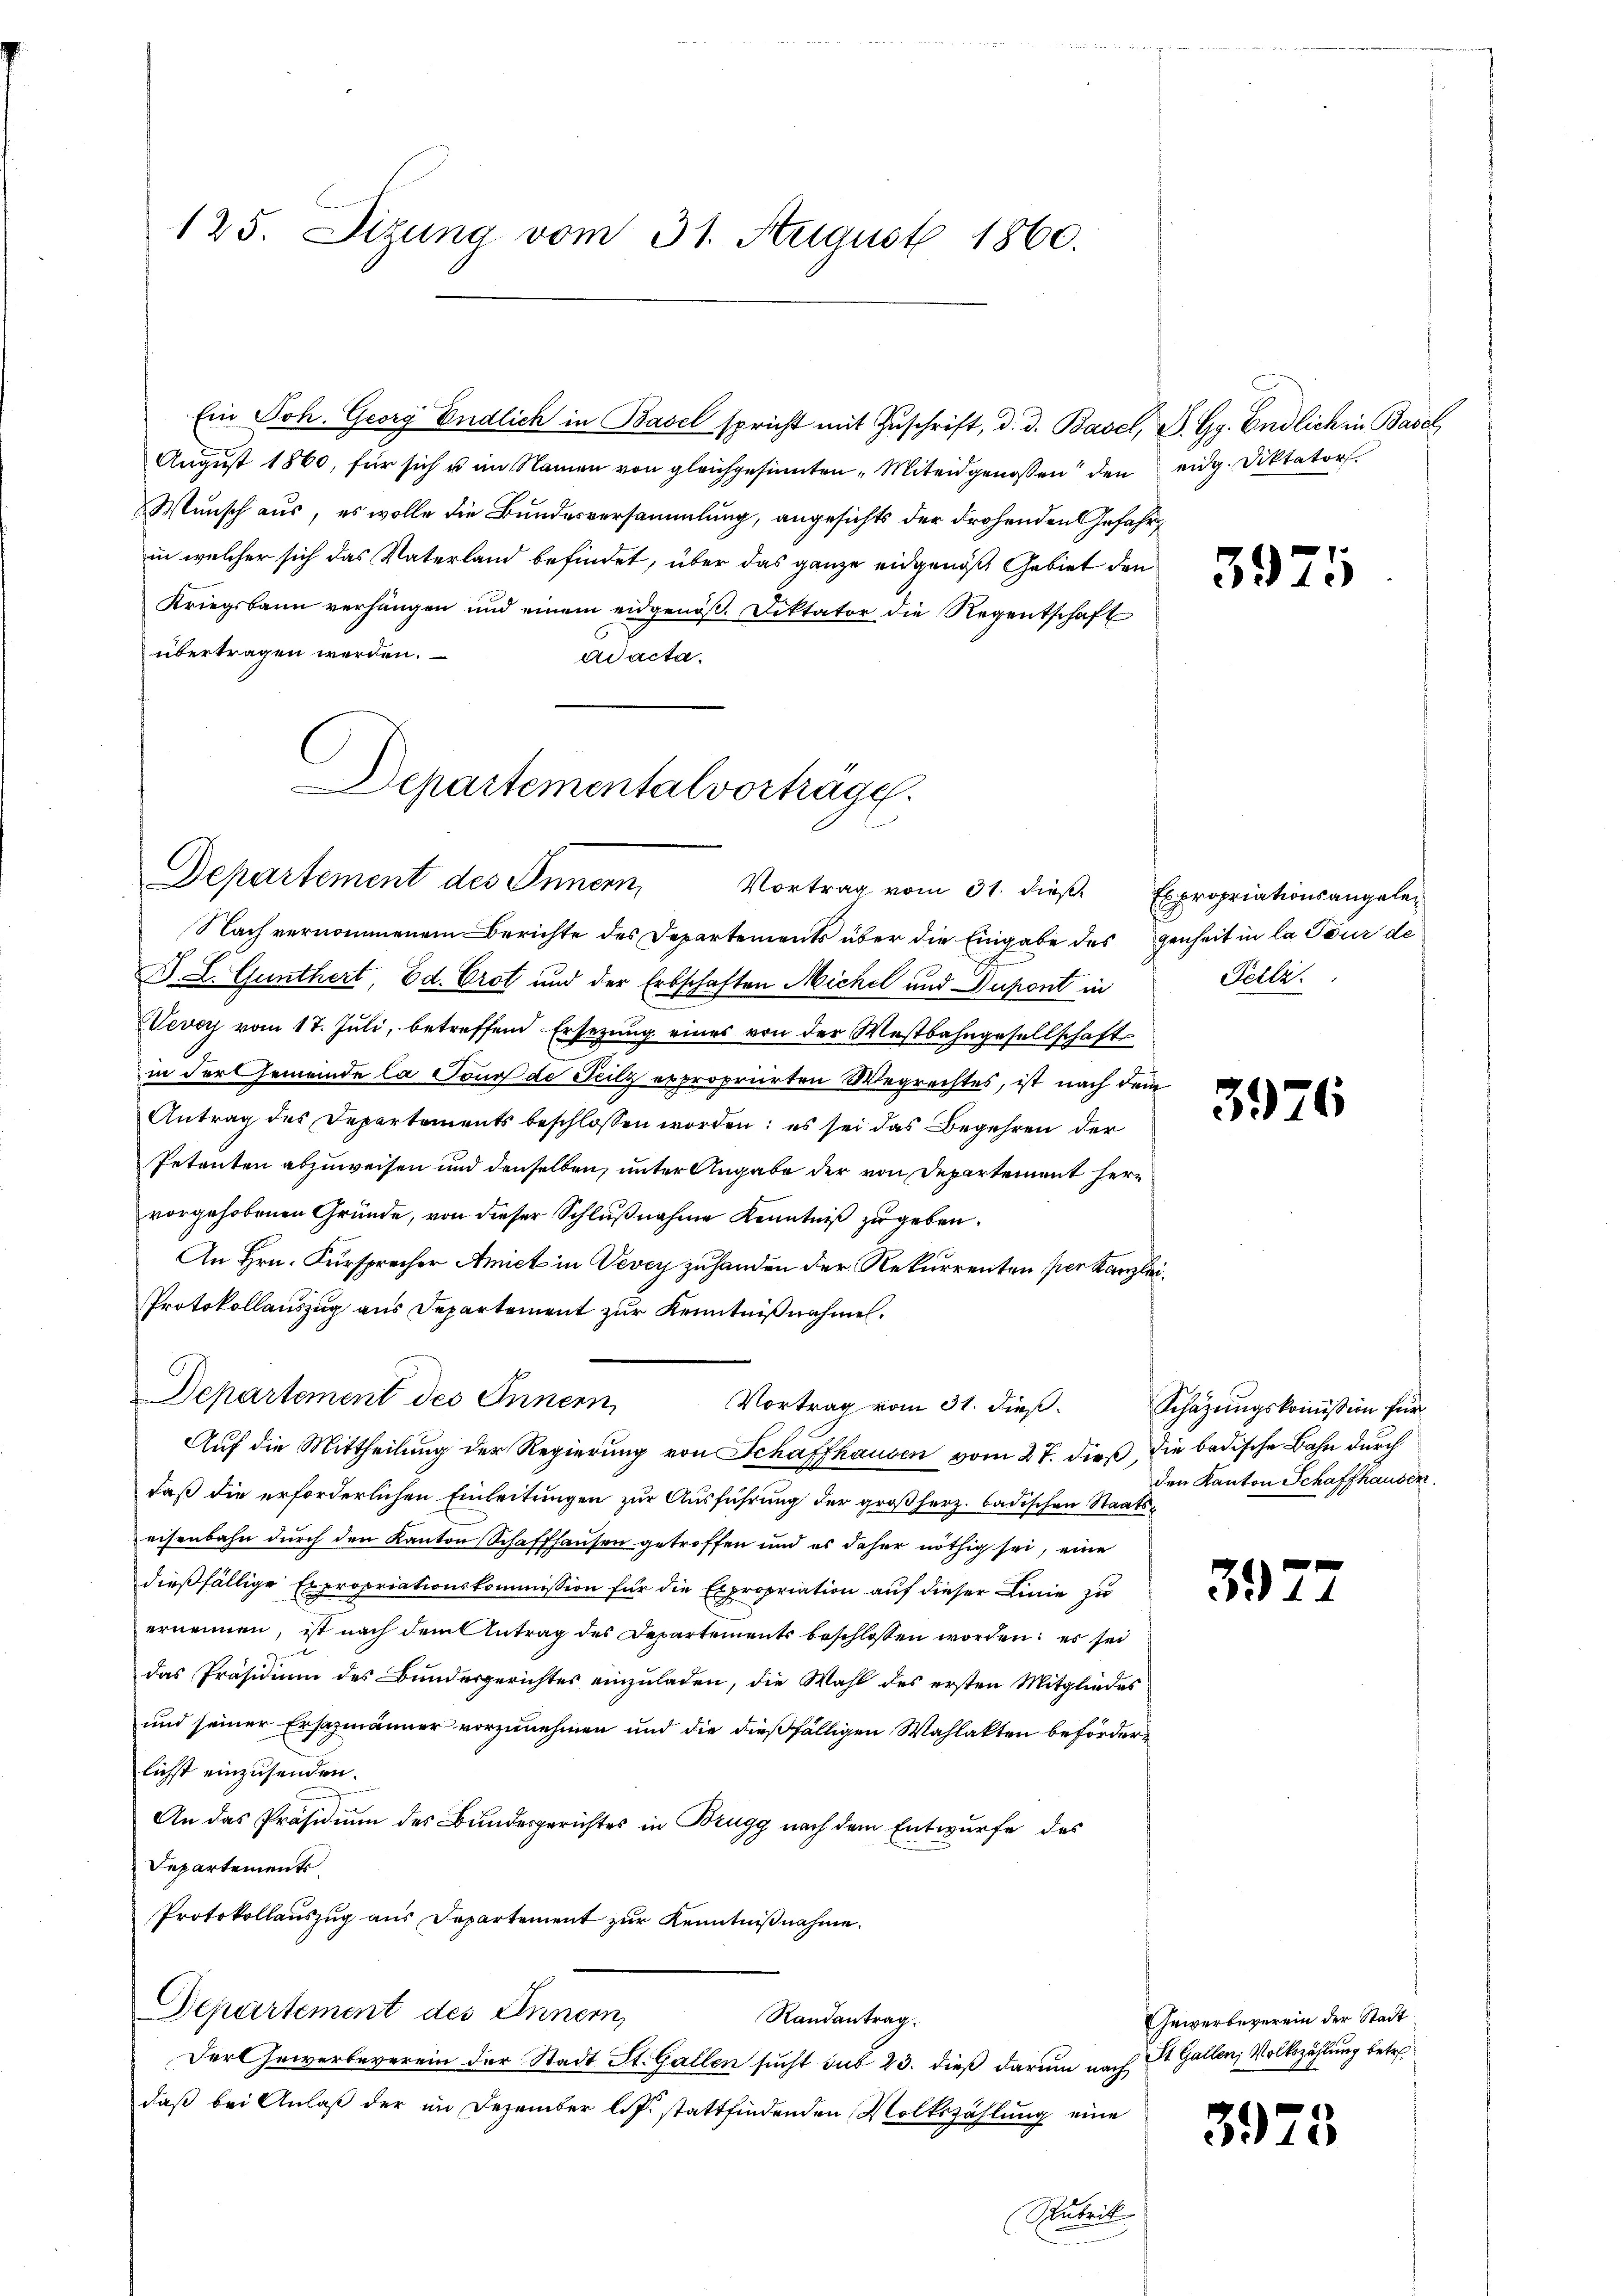
125. Sitzung vom 31. August 1860.

August 1860, für sich u im Namen von gleichgesinnten „Miteidgenossen den eidg. Diktator
Wunsch aus, es wolle die Bundesversammlung, angesichts der drohenden Gefahr
in welcher sich das Vaterland befindet, über das ganze eidgenoß Gebiet den
Kriegsbann verhängen und einem eidgenöβ. Diktator die Regentschaft
übertragen werden.
ad acta.

Departemental vorträge.
Departement des Innern

Ein Joh. Georg Endlich in Basel spricht mit Zŭschrift, d. d. Basel, P. Gg. Endlich in Basel

Nach vernommenem Berichte des Departements über die Eingabe des genheit in la Tour de
. L. Günthert, Ed. Crot und der Erbschaften Michel und Dupont in
Vevey vom 17. Juli, betreffend Ersezung eines von der Westbahngesellschaft
in der Gemeinde la Ponn de Teilz erpropriirten Wegrechtes, ist nach dem
Antrag des Departements beschlossen worden; es sei das Begehren der
Petenten abzuweisen und denselben, unter Angabe der von Departement hervorgehobenen Gründe, von dieser Schlußnahme Kenntniß zu geben.
An Hrn. Fürsprecher Amiet in Vevey zuhanden der Rekurrenten per Kanzlei¬
Protokollauszug aus Departement zur Kenntnißnahmen.
Departement des Innern
Auf die Mittheilung der Regierung von Schaffhausen vom 27. dieß, die badische Bahn durch
daß die erforderlichen Einleitungen zur Ausführung der großherz. badischen Staatseisenbahn durch den Kanton Schaffhausen getroffen und es daher nöthig sei, eine
dießfällige Expropriationskommission für die Expropriation auf dieser Linie zu
ernennen, ist nach dem Antrag des Departements beschlossen worden; es sei
das Präsidium des Bundesgerichtes einzuladen, die Wahl des ersten Mitgliedes
und seiner Ersazmänner vorzunehmen und die dießfälligen Wahlakten beförderlichst einzusenden.
An das Präsidium des Bundesgerichtes in Brugg nach dem Entwurfe des
Departements.
Protokollauszug aus Departement zur Kenntnißnahme.
Departement des Innern,
Randantrag.
Fort Gewerbeverein der Stadt St. Gallen sucht sub 23. dieß darum nach St. Gallen, Volkszählung betre
daß bei Anlaß der im Dezember l.J. stattfindenden Volkszählung eine

Vortrag vom 31. dieß Expropriationsangele¬

Vortrag vom 31. dieβ. Schäzŭngskoṁission für

Rubrik

3971

Teile.

3926

den Kanton Schaffhausen.

59

Gewerbeverein der Stadt

39

2